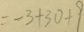
= - 3 + 3 0 + 9